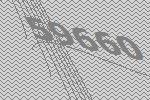
59660